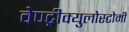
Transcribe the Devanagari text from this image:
वेण्ट्रीक्युलोस्टोमी